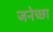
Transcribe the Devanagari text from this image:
जनेच्छा